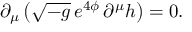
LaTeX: \partial _ { \mu } \left( \sqrt { - g } \, e ^ { 4 \phi } \, \partial ^ { \mu } h \right) = 0 .